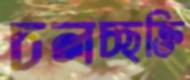
চলচ্ছক্তি